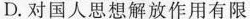
D.对国人思想解放作用有限